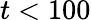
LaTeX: t<100